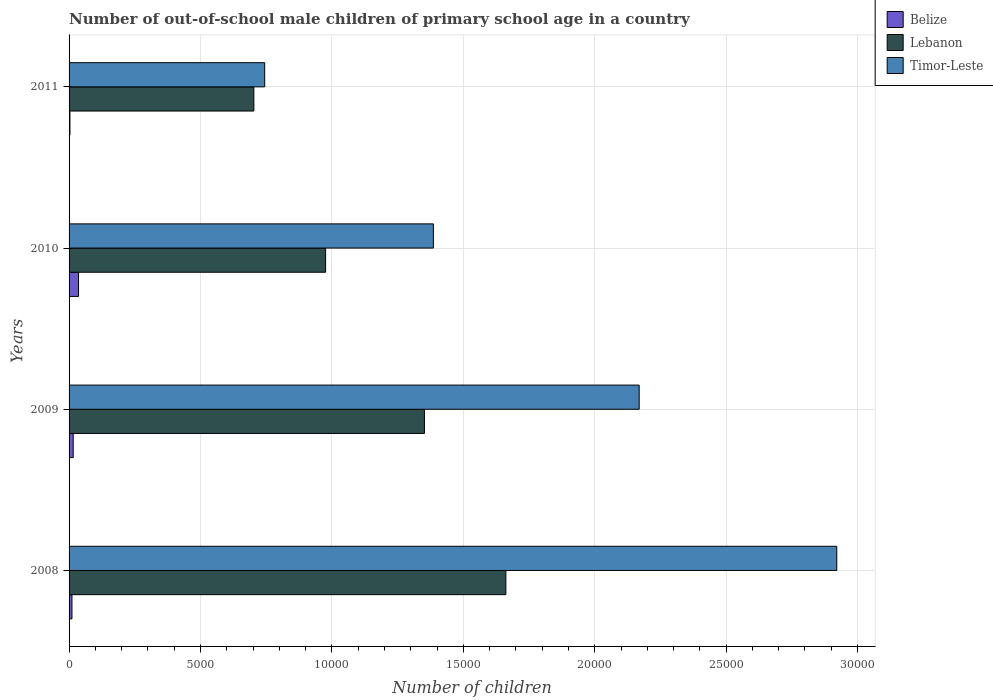
| Years | Belize | Lebanon | Timor-Leste |
 | --- | --- | --- | --- |
 | 2008 | 110 | 1.66e+04 | 2.92e+04 |
 | 2009 | 157 | 1.35e+04 | 2.17e+04 |
 | 2010 | 360 | 9.76e+03 | 1.39e+04 |
 | 2011 | 33 | 7.03e+03 | 7.44e+03 |